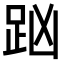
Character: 𧿖